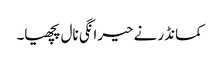
کمانڈر نے حیرانگی نال پچھیا۔